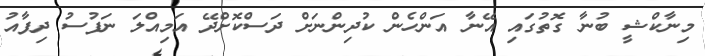
މިނާކްޝީ ބުނާ ގޮތުގައި އޭނާ އަންހެން ކުދިންނަށް ދަސްކޮށްދޭ އަމިއްލަ ނަފުސު ދިފާއު